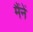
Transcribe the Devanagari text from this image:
मैंनें